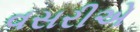
વસરીએ